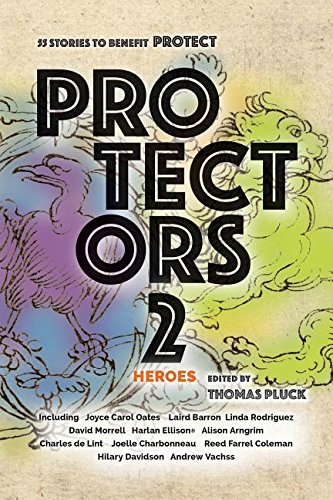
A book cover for Protectors 2: Heroes: Stories to Benefit PROTECT (Protectors Anthologies); Joyce Carol Oates; Science Fiction & Fantasy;